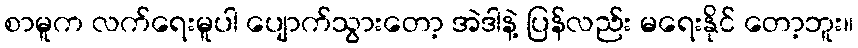
စာမူက လက်ရေးမူပါ ပျောက်သွားတော့ အဲဒါနဲ့ ပြန်လည်း မရေးနိုင် တော့ဘူး။